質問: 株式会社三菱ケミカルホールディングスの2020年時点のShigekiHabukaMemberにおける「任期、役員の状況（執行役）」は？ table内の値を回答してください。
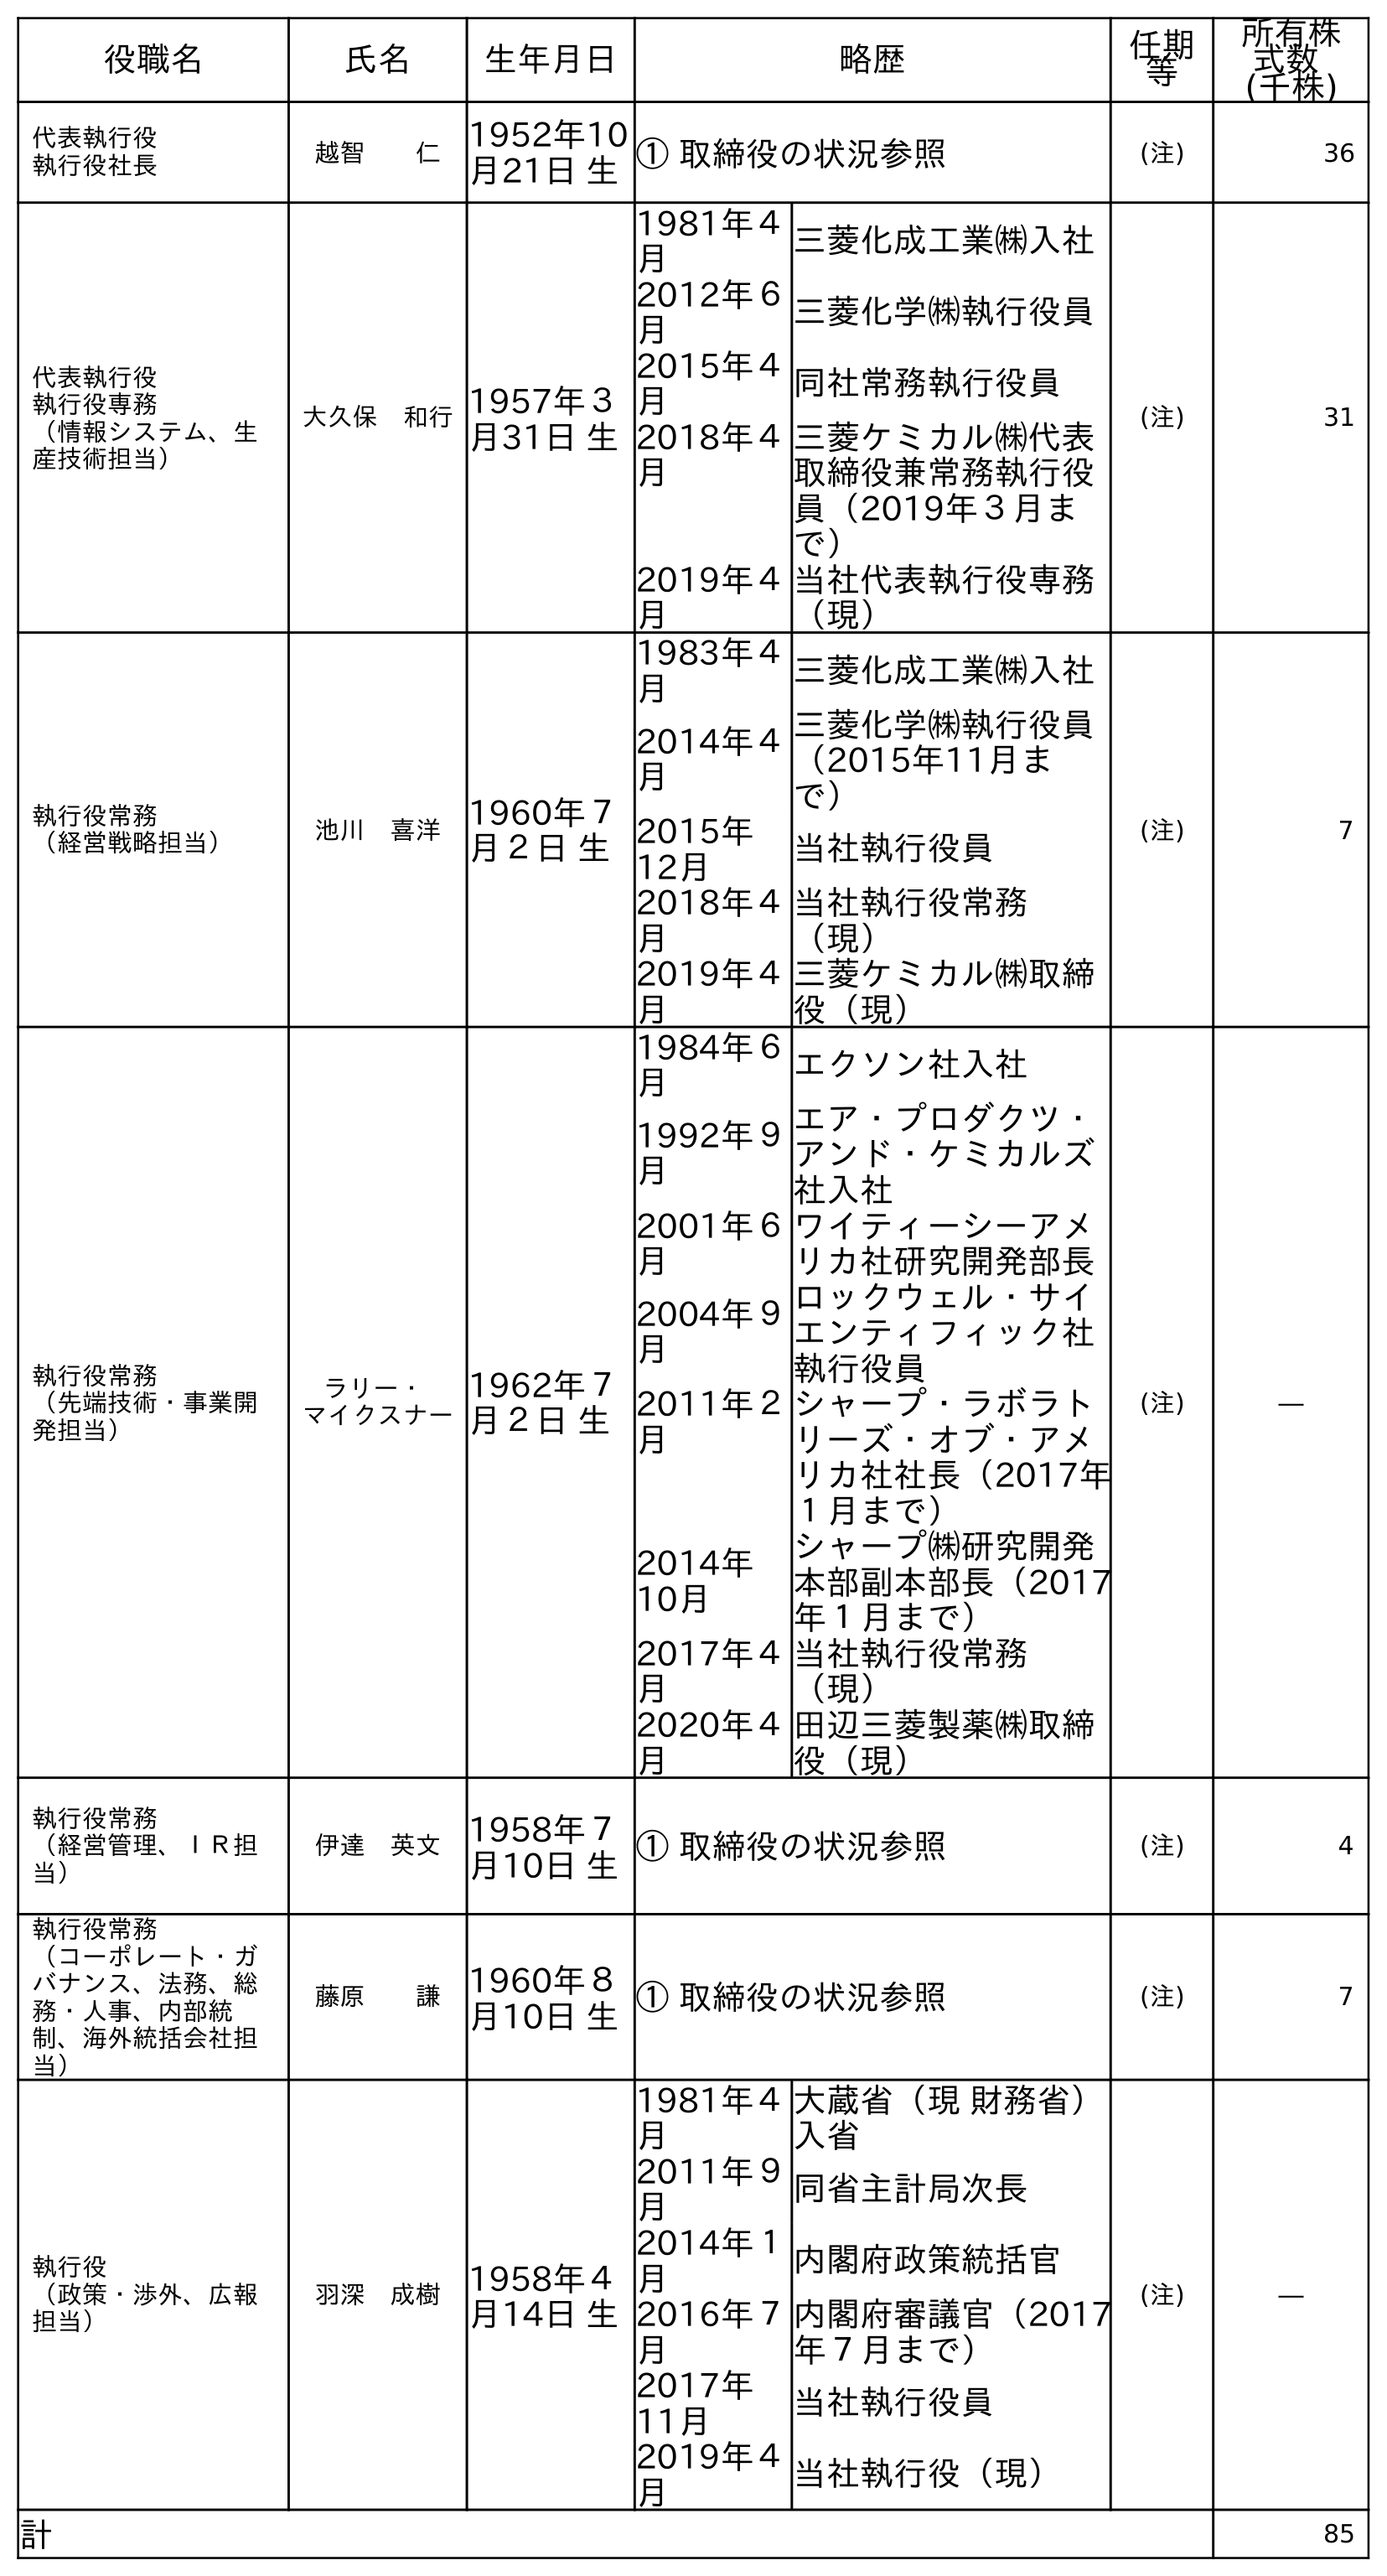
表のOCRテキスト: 役職名 氏名 生年月日 略歴 任期 等 所有株 式数 (千株) 代表執行役 執行役社長 越智  仁 1952年10 月21日 生① 取締役の状況参照 (注) 36 代表執行役 執行役専務 （情報システム、生 産技術担当） 大久保 和行1957年３ 月31日 生 1981年４ 月 三菱化成工業㈱入社 2012年６ 月 三菱化学㈱執行役員 2015年４ 月 同社常務執行役員 2018年４ 月 三菱ケミカル㈱代表 取締役兼常務執行役 員（2019年３月ま で） 2019年４ 月 当社代表執行役専務 （現） (注) 31 執行役常務 （経営戦略担当） 池川 喜洋 1960年７ 月２日 生 1983年４ 月 三菱化成工業㈱入社 2014年４ 月 三菱化学㈱執行役員 （2015年11月ま で） 2015年 12月 当社執行役員 2018年４ 月 当社執行役常務 （現） 2019年４ 月 三菱ケミカル㈱取締 役（現） (注) 7 執行役常務 （先端技術・事業開 発担当） ラリー・ マイクスナー 1962年７ 月２日 生 1984年６ 月 エクソン社入社 1992年９ 月 エア・プロダクツ・ アンド・ケミカルズ 社入社 2001年６ 月 ワイティーシーアメ リカ社研究開発部長 2004年９ 月 ロックウェル・サイ エンティフィック社 執行役員 2011年２ 月 シャープ・ラボラト リーズ・オブ・アメ リカ社社長（2017年 １月まで） 2014年 10月 シャープ㈱研究開発 本部副本部長（2017 年１月まで） 2017年４ 月 当社執行役常務 （現） 2020年４ 月 田辺三菱製薬㈱取締 役（現） (注) ― 執行役常務 （経営管理、ＩＲ担 当） 伊達 英文 1958年７ 月10日 生① 取締役の状況参照 (注) 4 執行役常務 （コーポレート・ガ バナンス、法務、総 務・人事、内部統 制、海外統括会社担 当） 藤原  謙 1960年８ 月10日 生① 取締役の状況参照 (注) 7 執行役 （政策・渉外、広報 担当） 羽深 成樹 1958年４ 月14日 生 1981年４ 月 大蔵省（現 財務省） 入省 2011年９ 月 同省主計局次長 2014年１ 月 内閣府政策統括官 2016年７ 月 内閣府審議官（2017 年７月まで） 2017年 11月 当社執行役員 2019年４ 月 当社執行役（現） (注) ― 計 85
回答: (注)